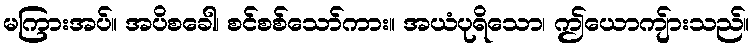
မကြားအပ်။ အပိစခေါ၊ စင်စစ်သော်ကား။ အယံပုရိသော၊ ဤယောကျ်ားသည်။